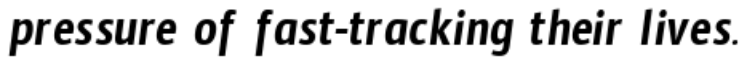
pressure of fast-tracking their lives.